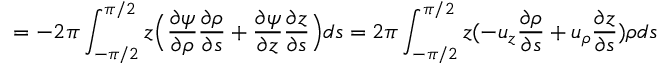
= - 2 \pi \int _ { - \pi / 2 } ^ { \pi / 2 } z \Big ( \frac { \partial \psi } { \partial \rho } \frac { \partial \rho } { \partial s } + \frac { \partial \psi } { \partial z } \frac { \partial z } { \partial s } \Big ) d s = 2 \pi \int _ { - \pi / 2 } ^ { \pi / 2 } z ( - u _ { z } \frac { \partial \rho } { \partial s } + u _ { \rho } \frac { \partial z } { \partial s } ) \rho d s